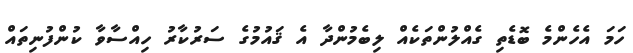
ހަމަ އެހެންމެ ބޮޑެތި ގެއްލުންތަކެއް ލިބެމުންދާ އެ ޤައުމުގެ ސަރުކާރު ހިއްސާވާ ކުންފުނިތައް